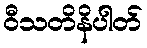
ဝီသတိနိပါတ်